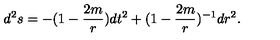
d ^ { 2 } s = - ( 1 - \frac { 2 m } { r } ) d t ^ { 2 } + ( 1 - \frac { 2 m } { r } ) ^ { - 1 } d r ^ { 2 } .